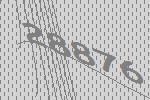
28876